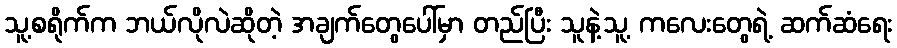
သူ့စရိုက်က ဘယ်လိုလဲဆိုတဲ့ အချက်တွေပေါ်မှာ တည်ပြီး သူနဲ့သူ့ ကလေးတွေရဲ့ ဆက်ဆံရေး